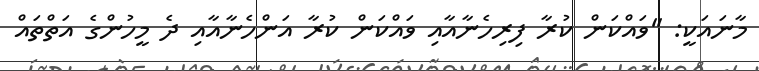
މާނައަކީ: ''ވައްކަން ކުރާ ފިރިހެނާއާއި ވައްކަން ކުރާ އަންހެނާއާއި ދެ މީހުންގެ އަތްތައް